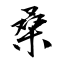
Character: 桑